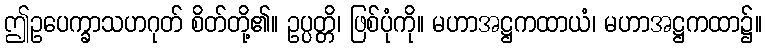
ဤဥပေက္ခာသဟဂုတ် စိတ်တို့၏။ ဥပ္ပတ္တိ၊ ဖြစ်ပုံကို။ မဟာအဋ္ဌကထာယံ၊ မဟာအဋ္ဌကထာ၌။